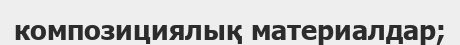
композициялық материалдар;